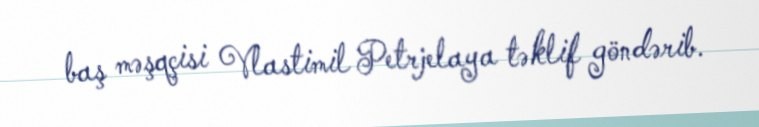
baş məşqçisi Vlastimil Petrjelaya təklif göndərib.